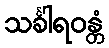
သင်္ခါရဝန္တံ